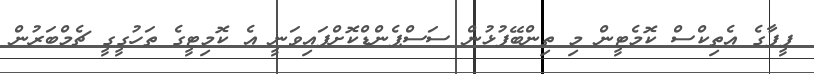
ފީފާގެ އެތިކްސް ކޮމެޓީން މި ތިންބޭފުޅުން ސަސްޕެންޑްކޮށްފައިވަނީ އެ ކޮމިޓީގެ ތަހުގީގީ ޗެމްބަރުން